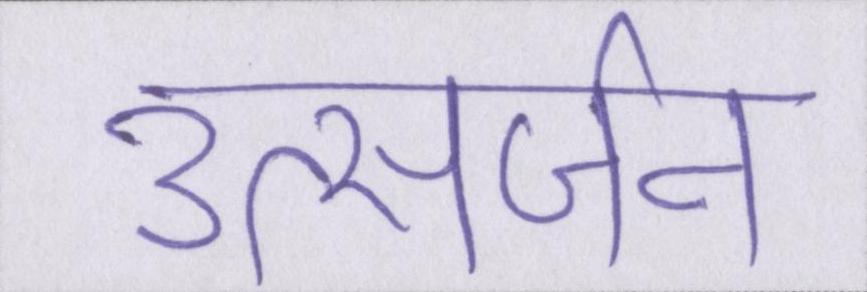
उत्सर्जन